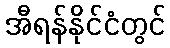
အီရန်နိုင်ငံတွင်